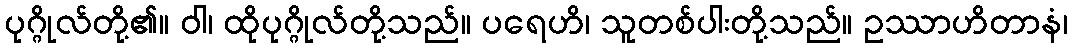
ပုဂ္ဂိုလ်တို့၏။ ဝါ၊ ထိုပုဂ္ဂိုလ်တို့သည်။ ပရေဟိ၊ သူတစ်ပါးတို့သည်။ ဥဿာဟိတာနံ၊